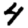
Digit: 4